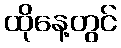
ထိုနေ့တွင်